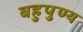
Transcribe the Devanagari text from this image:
बहुपुण्य